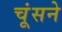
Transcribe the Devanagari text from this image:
चूंसने